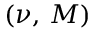
( \nu , \, M )